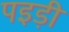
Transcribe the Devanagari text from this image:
पइड़ी